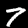
Label: 7